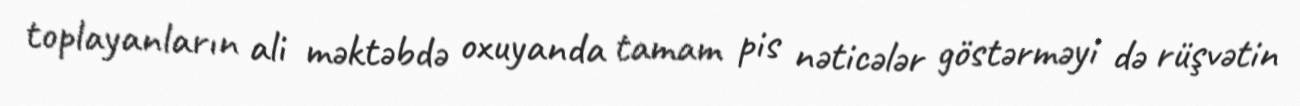
toplayanların ali məktəbdə oxuyanda tamam pis nəticələr göstərməyi də rüşvətin